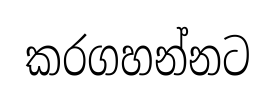
කරගහන්නට